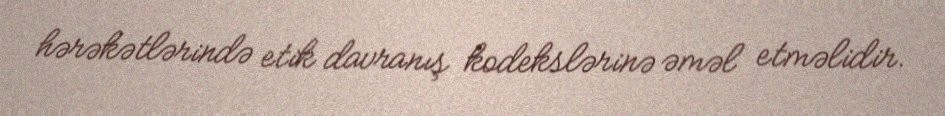
hərəkətlərində etik davranış kodekslərinə əməl etməlidir.